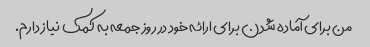
من برای آماده شدن برای ارائه خود در روز جمعه به کمک نیاز دارم.